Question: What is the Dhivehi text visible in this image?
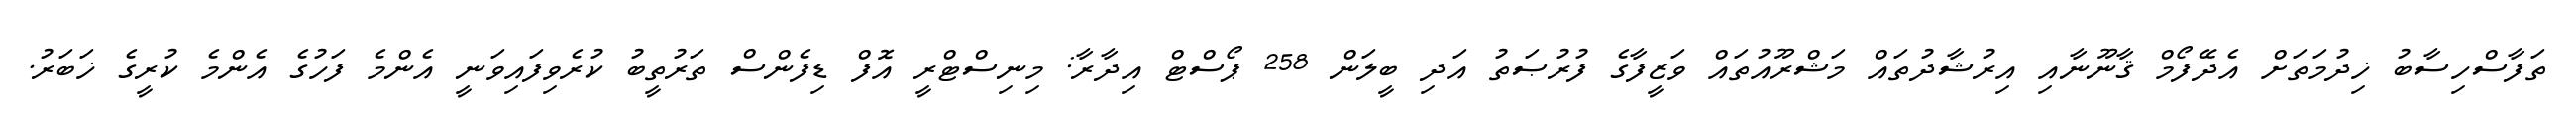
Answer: ތަފާސްހިސާބު ޚިދުމަތަށް އެދޭފޯމް ޤާނޫނާއި އިރުޝާދުތައް މަޝްރޫއުތައް ވަޒީފާގެ ފުރުޞަތު އަދި ބީލަން 258 ޕޯސްޓް އިދާރާ: މިނިސްޓްރީ އޮފް ޑިފެންސް ތަރުތީބު ކުރެވިފައިވަނީ އެންމެ ފަހުގެ އެންމެ ކުރީގެ ޚަބަރު.